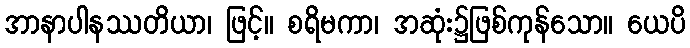
အာနာပါနဿတိယာ၊ ဖြင့်။ စရိမကာ၊ အဆုံး၌ဖြစ်ကုန်သော။ ယေပိ